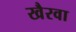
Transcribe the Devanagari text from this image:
खैरवा